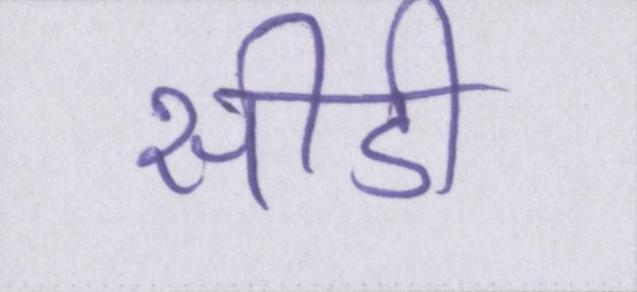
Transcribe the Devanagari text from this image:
सीडी